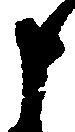
申